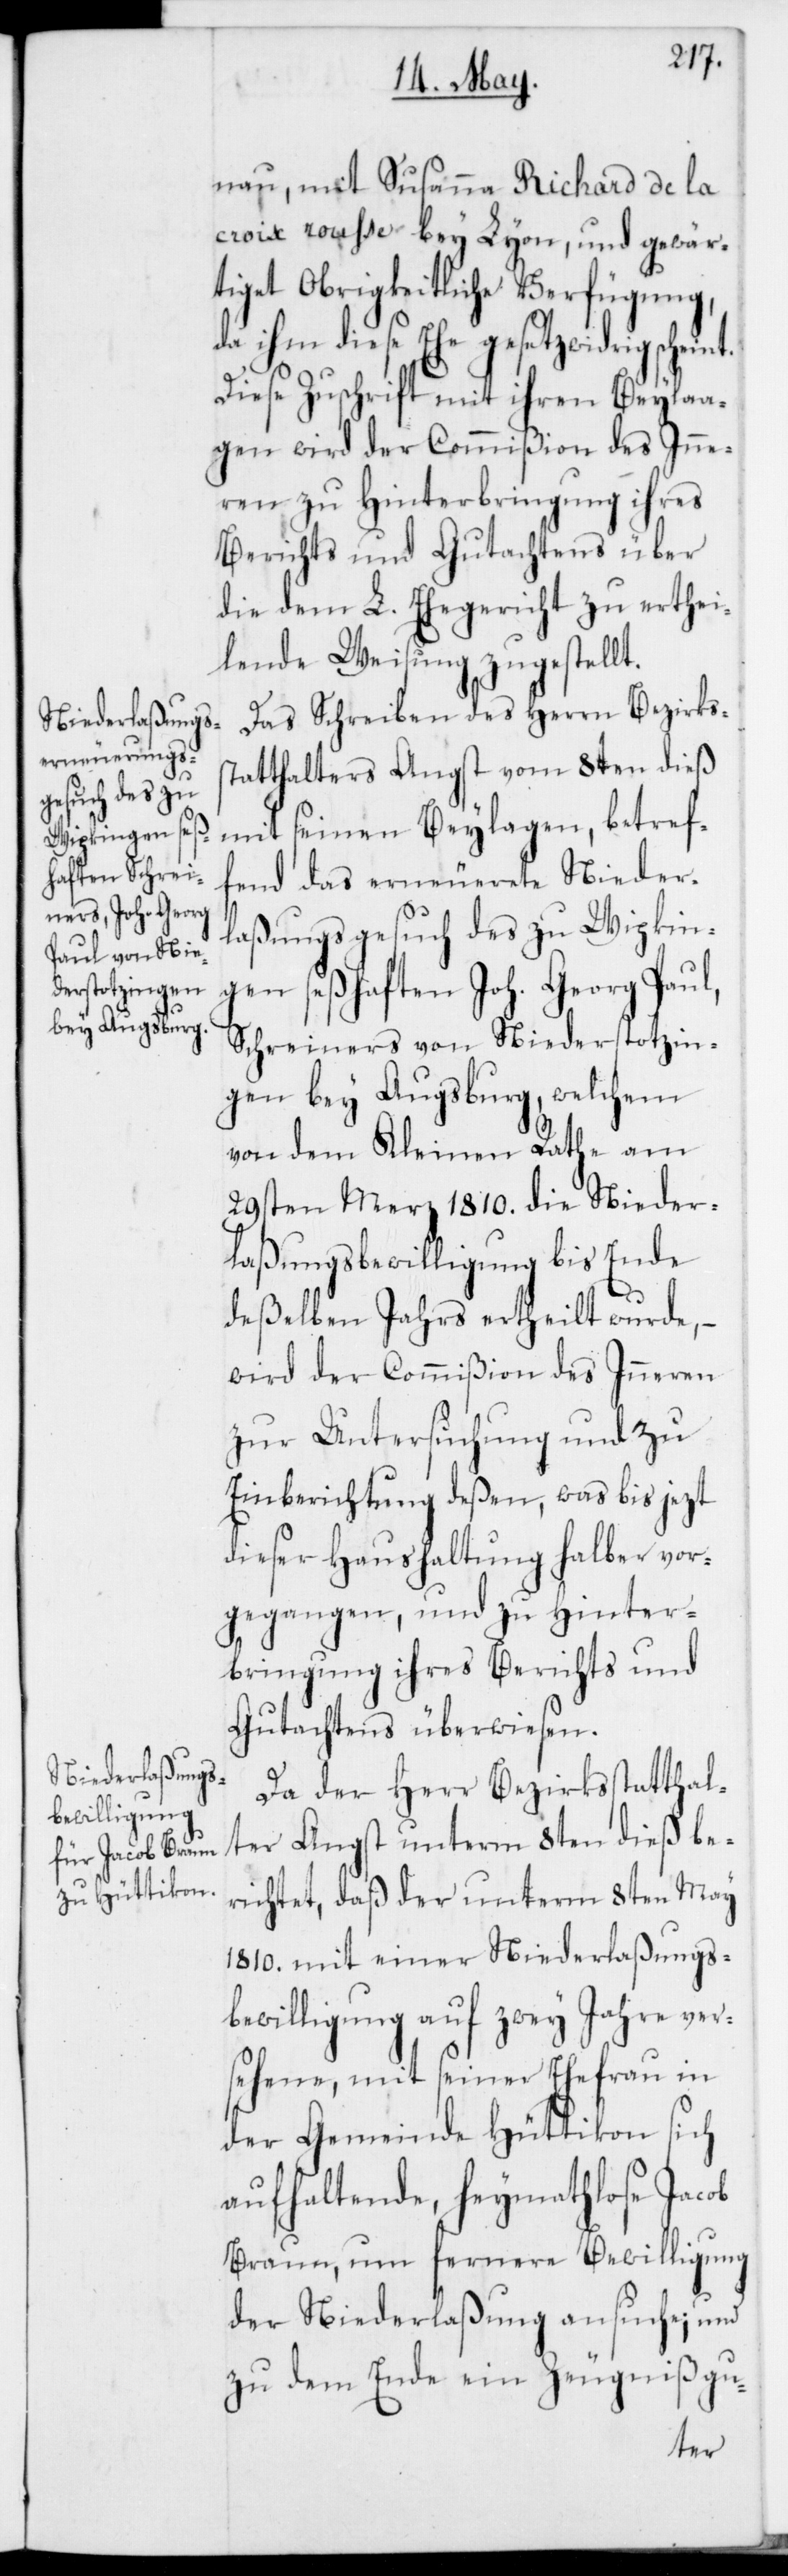
nau, mit Susanna Richard de la
croix rousse bey Lyon, und gewär¬
tiget Obrigkeitliche Verfügung,
da ihm diese Ehe gesetzwidrig
Diese Zuschrift mit ihren Beyla¬
gen wird der Commißion des Inne¬
ren zu Hinterbringung ihres
Berichts und Gutachtens über
die dem L. Ehegericht zu erthei¬
lende Weisung zugestellt.
Das Schreiben des Herrn Bezirkss¬
tatthalters Angst vom 8ten dieß
mit seinen Beylagen, betref¬
fend das erneuerete Nieder¬
laßungsgesuch des zu Wipkin¬
gen seßhaften Joh. Georg Paul,
Schreiners von Niederstotzin¬
gen bey Augsburg, welchem
von dem Kleinen Rathe am
29sten Merz 1810. die Nieder¬
laßungsbewilligung bis Ende
deßelben Jahrs ertheilt wurde, –
wird der Commißion des Inneren
zur Untersuchung und zu
Einberichtung deßen, was bis jezt
dieser Haushaltung halber vor¬
gegangen, und zu Hinter¬
bringung ihres Berichts und
Gutachtens überwiesen.
Da der Herr Bezirksstatthal¬
ter Angst unterm 8ten dieß be¬
richtet, daß der unterm 8ten May
1810. mit einer Niederlaßungs¬
bewilligung auf zwey Jahre ver¬
sehene, mit seiner Ehefrau in
der Gemeinde Hüttikon sich
aufhaltende, heymathlose Jacob
Braun, um fernere Bewilligung
der Niederlaßung ansuche; und
zu dem Ende ein Zeugniß gu-